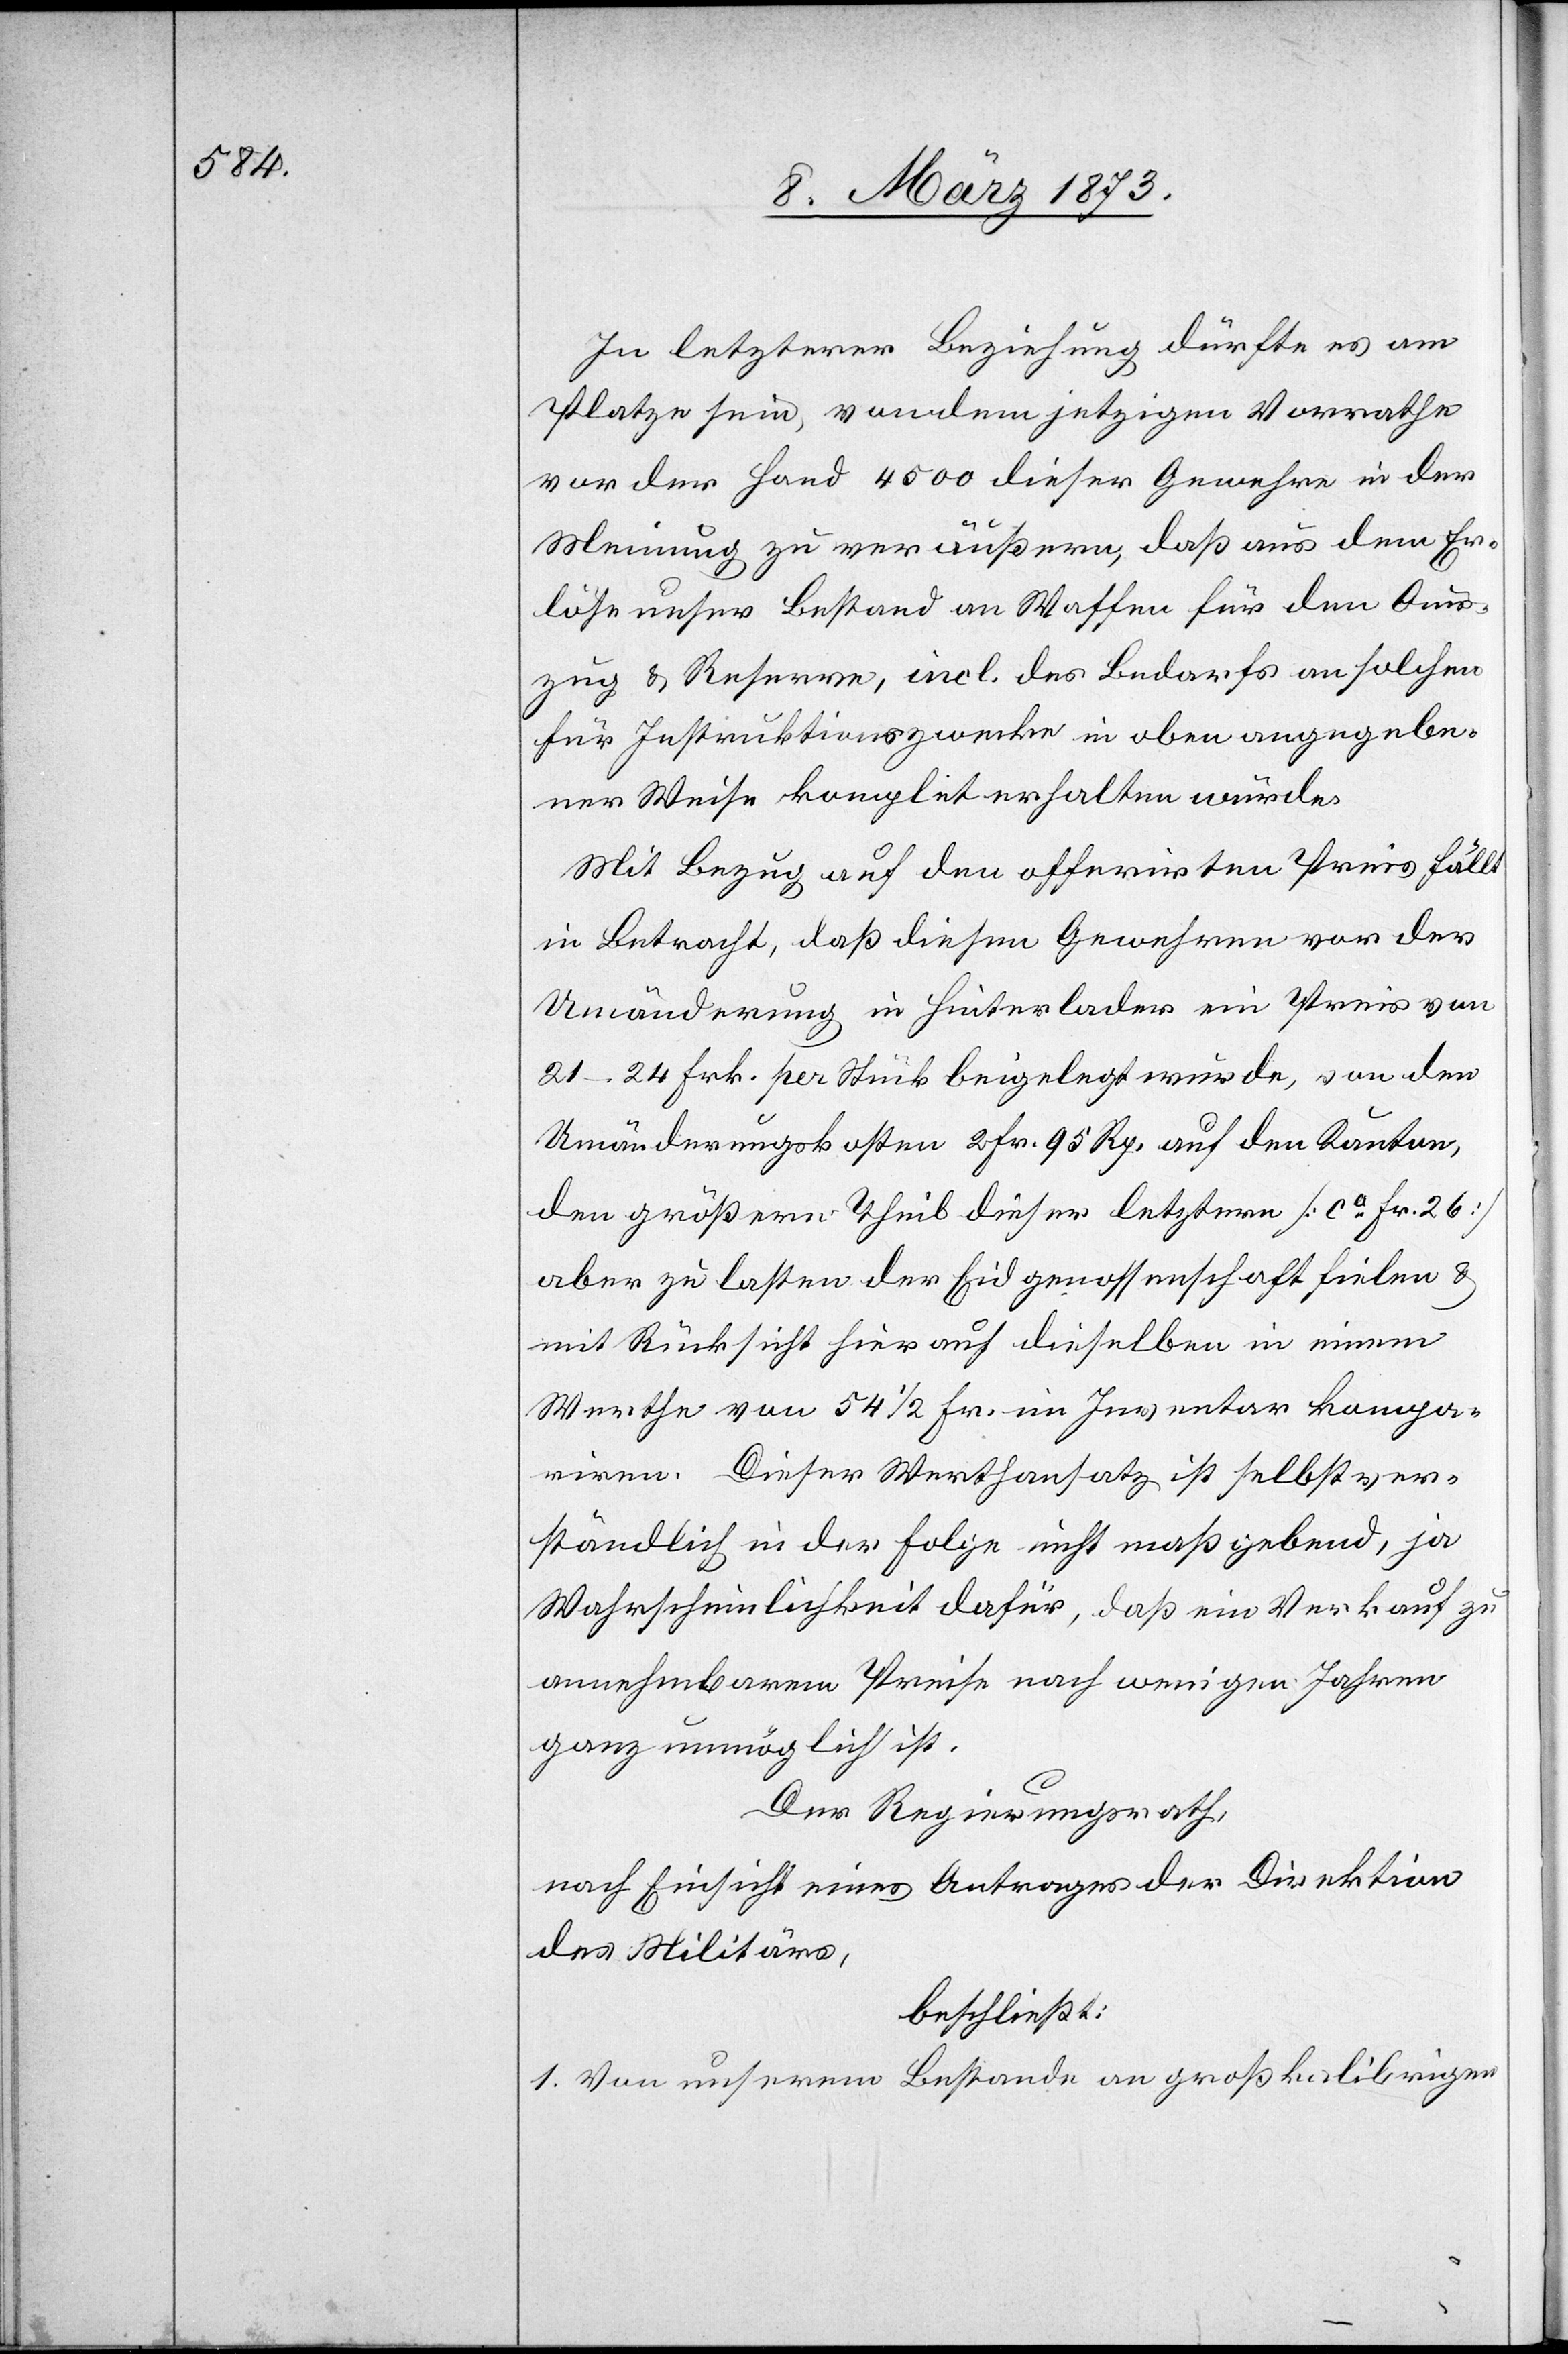
In letzterer Beziehung dürfte es am
Platze sein, von dem jetzigen Vorrathe
vor der Hand 4500 dieser Gewehre in der
Meinung zu veräußern, daß aus dem Er¬
löse unser Bestand an Waffen für den Aus¬
zug u. Reserve, incl. des Bedarfs an solchen
für Instruktionszwecke in oben angegebe¬
ner Weise komplet erhalten würde.
Mit Bezug auf den offerirten Preis fällt
in Betracht, daß diesen Gewehren vor der
Umänderung in Hinterlader ein Preis von
21–24 Frk. per Stück beigelegt wurde, von den
Umänderungskosten 2 Fr. 95 Rp. auf den Kanton,
den größern Theil dieser letztern [ca Fr. 26]
aber zu lasten der Eidgenossenschaft fielen u.
mit Rücksicht hierauf dieselben in einem
Werthe von 54 1/2 Fr. ein Inventar kompa¬
riren. Dieser Werthansatz ist selbstver¬
ständlich in der Folge nicht maßgebend, ja
Wahrscheinlichkeit dafür, daß ein Verkauf zu
annehmbarem Preise nach wenigen Jahren
ganz unmöglich ist.
Der Regierungsrath,
nach Einsicht eines Antrages der Direktion
des Militärs,
beschließt:
1. Von unserem Bestande an großkalibrigen